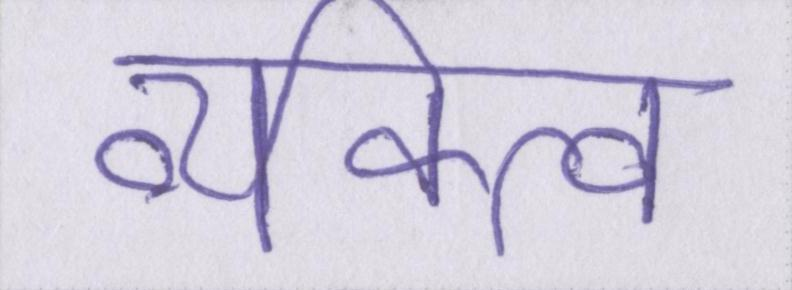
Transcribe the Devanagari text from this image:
व्यक्त्वि